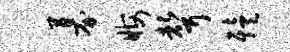
募晦声殪